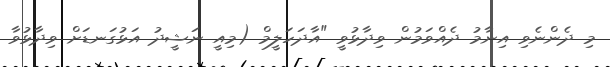
މި ދެންނެވި އިނާމު ދެއްވަމުން ވިދާޅުވީ "އާދަހަލީމް (މިއީ ނަޝީދު އަޅުގަނޑަށް ވިދާޅުވާ